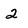
Character: 2